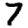
Digit: 7